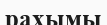
рахымы